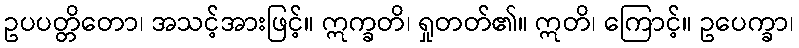
ဥပပတ္တိတော၊ အသင့်အားဖြင့်။ ဣက္ခတိ၊ ရှုတတ်၏။ ဣတိ၊ ကြောင့်။ ဥပေက္ခာ၊